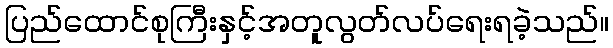
ပြည်ထောင်စုကြီးနှင့်အတူလွတ်လပ်ရေးရခဲ့သည်။